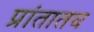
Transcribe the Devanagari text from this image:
प्रांतातच